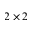
2 \times 2